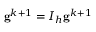
\mathbf { g } ^ { k + 1 } = I _ { h } \mathbf { g } ^ { k + 1 }